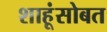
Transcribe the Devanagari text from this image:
शाहूंसोबत